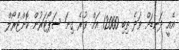
އެއީ ދަނޑަށް ވަދެ ތިބި 12000 އަށް ވުރެ ގިނަ ސަޕޯޓަރުން ކޮންޓްރޯލް